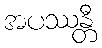
အပဿန္တီ